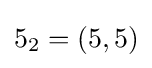
5_{2}=(5,5)